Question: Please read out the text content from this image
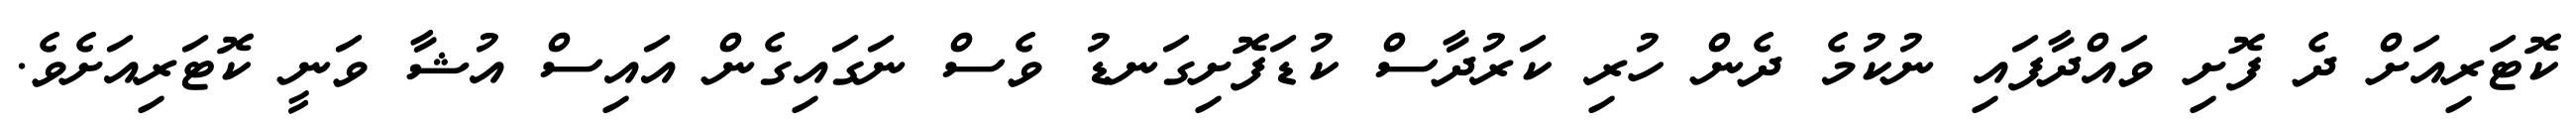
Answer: ކޮޓަރިއަށް ދެ ފޮށި ވައްދާފައި ނުކުމެ ދެން ހުރި ކަރުދާސް ކުޑަފޮށިގަނޑު ވެސް ނަގައިގެން އައިސް އުޝާ ވަނީ ކޮޓަރިއަށެވެ.